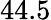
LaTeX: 44.5